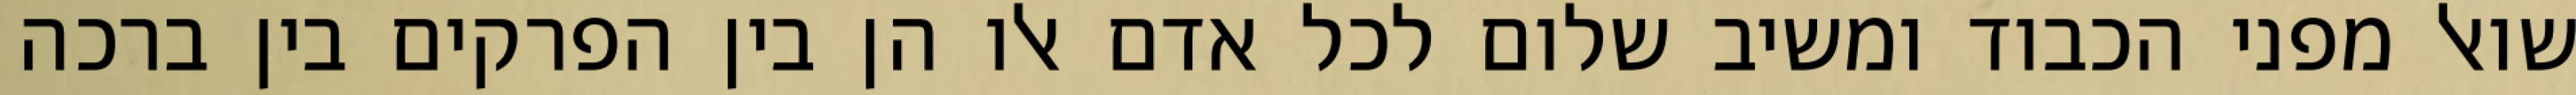
שואל מפני הכבוד ומשיב שלום לכל אדם אלו הן בין הפרקים בין ברכה